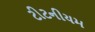
ટીટનીયમ